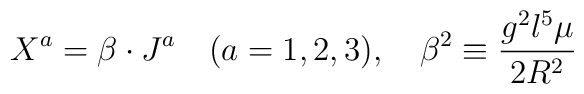
X^{a}=\beta\cdot J^{a} \quad (a=1,2,3),\quad \beta^{2}\equiv\frac{g^{2}l^{5}\mu}{2R^{2}}